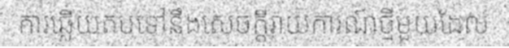
ការឆ្លើយតបទៅនឹងសេចក្តីរាយការណ៍ថ្មីមួយដែល